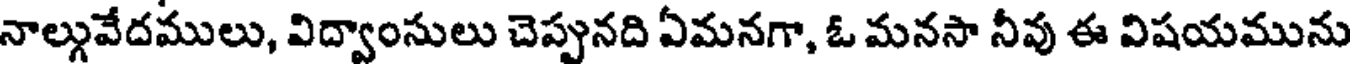
నాల్గువేదములు, విద్వాంసులు చెప్పునది ఏమనగా, ఓ మనసా నీవు ఈ విషయమును